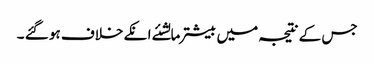
جس کے نتیجہ میں بیشترمالشئے انکے خلاف ہو گئے ۔